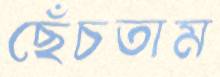
ছেঁচতাম